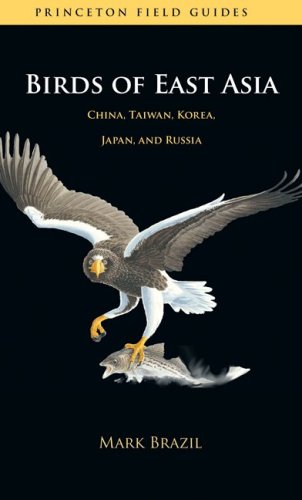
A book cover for Birds of East Asia: China, Taiwan, Korea, Japan, and Russia (Princeton Field Guides); Mark Brazil; Science & Math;